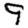
Digit: 9